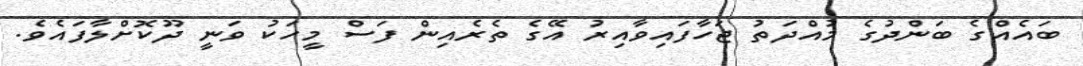
ބައެއްގެ ބަންދުގެ މުއްދަތު ޖަހާފައިވާއިރު އޭގެ ތެރެއިން ފަސް މީހަކު ވަނީ ދޫކޮށްލާފައެވެ.